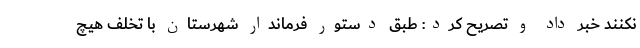
نکنند خبر داد و تصریح کرد: طبق دستور فرماندار شهرستان با تخلف هیچ